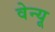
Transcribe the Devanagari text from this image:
वेन्यू